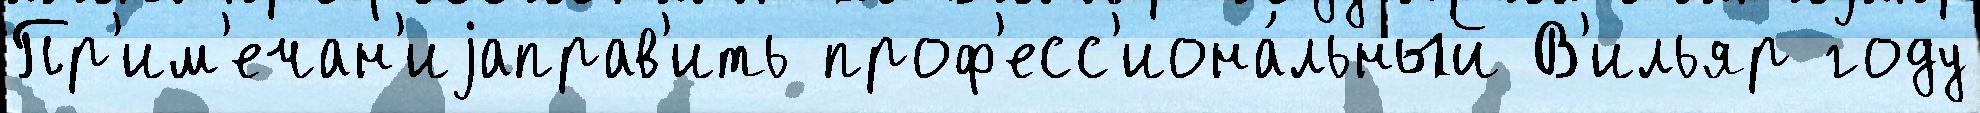
Пр'им'ечан'иjаправ'ить проф'есс'иона́льный В'ильяр году